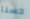
حسنا